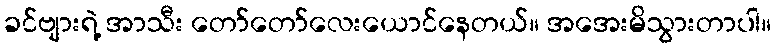
ခင်ဗျားရဲ့ အာသီး တော်တော်လေးယောင်နေတယ်။ အအေးမိသွားတာပါ။